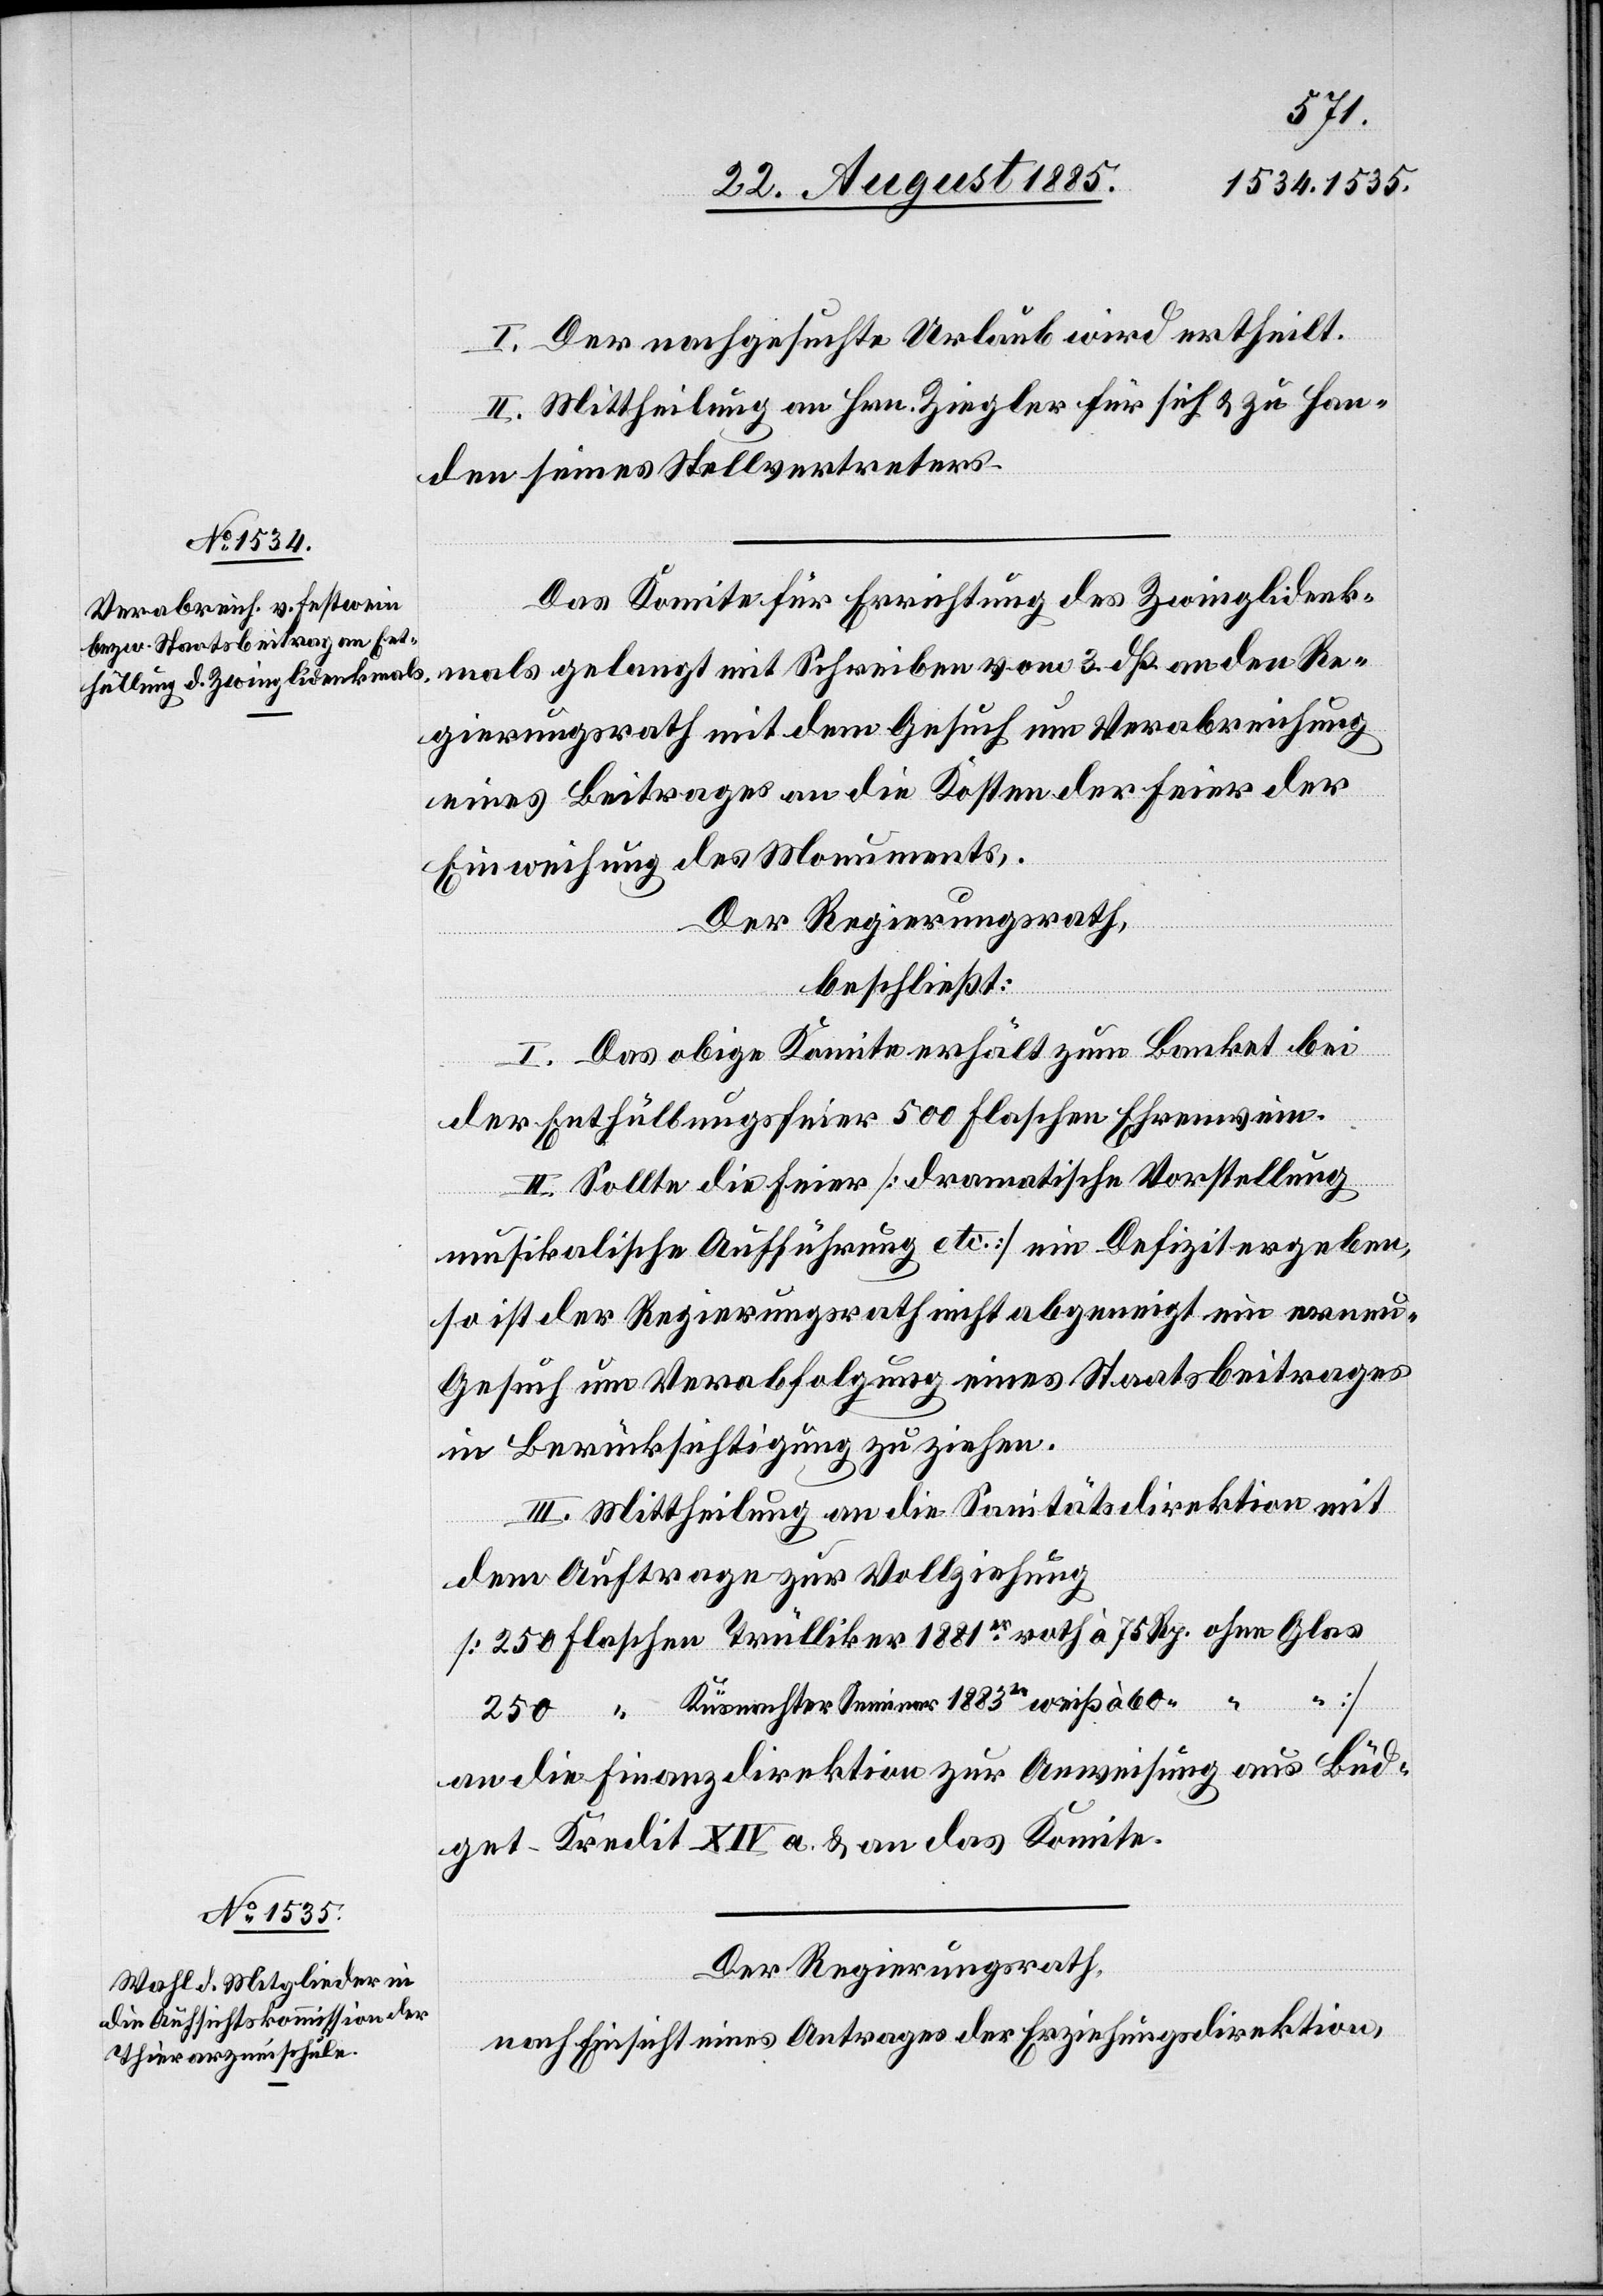
I. Der nachgesuchte Urlaub wird ertheilt.
II. Mittheilung an Hrn. Ziegler für sich & zu Han¬
den seines Stellvertreters.
Das Komitee für Errichtung des Zwinglidenk¬
mals gelangt mit Schreiben vom 3. dß. an den Re¬
gierungsrath mit dem Gesuch um Verabreichung
eines Beitrages an die Kosten der Feier der
Einweihung des Monuments.
Der Regierungsrath,
1883er weiß
beschließt:
I. Das obige Komitee erhält zum Banket bei
der Enthüllungsfeier 500 Flaschen Ehrenwein.
II. Sollte die Feier [dramatische Vorstellung
musikalische Aufführung etc.] ein Defizit ergeben,
so ist der Regierungsrath nicht abgeneigt ein erne¬
Gesuch um Verabfolgung eines Staatsbeitrages
in Berücksichtigung zu ziehen.
III. Mittheilung an die Sanitätsdirektion mit
dem Auftrage zur Vollziehung
60 Rp.
an die Finanzdirektion zur Anweisung aus Bud¬
get-Kredit XIV a & an das Komite.
Der Regierungsrath,
nach Einsicht eines Antrages der Erziehungsdirektion,